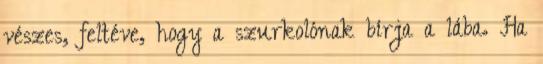
vészes, feltéve, hogy a szurkolónak bírja a lába. Ha